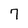
Character: 7